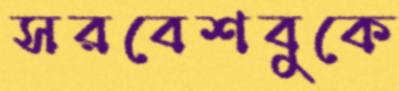
সরবেশবুকে